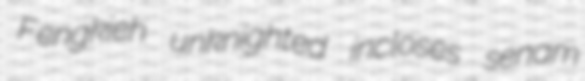
Fengkieh unknighted incloses senam